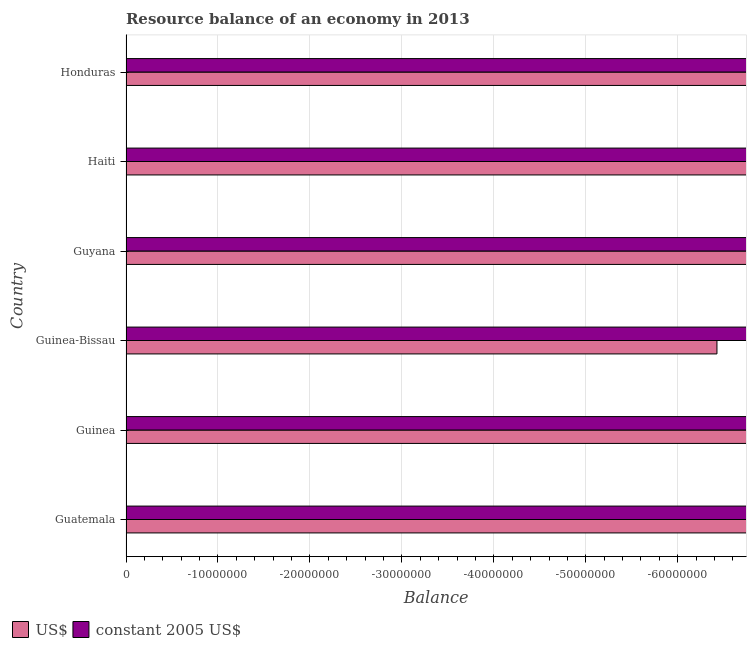
| Country | US$ | constant 2005 US$ |
 | --- | --- | --- |
 | Guatemala | -5.98e+09 | -4.7e+10 |
 | Guinea | -1.63e+09 | -1.13e+13 |
 | Guinea-Bissau | -6.43e+07 | -3.17e+10 |
 | Guyana | -8.07e+08 | -1.66e+11 |
 | Haiti | -2.93e+09 | -1.26e+11 |
 | Honduras | -3.78e+09 | -7.69e+10 |